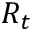
R _ { t }